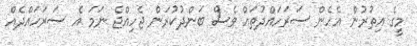
މީގެ އިތުރުން އެހެން ސަރަހައްދުތައް ވެސް ބަންދުކުރަން ޖެހިއްޖެ ނަމަ އެ ސަރަހައްދެއް